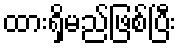
ထားရှိမည်ဖြစ်ပြီး